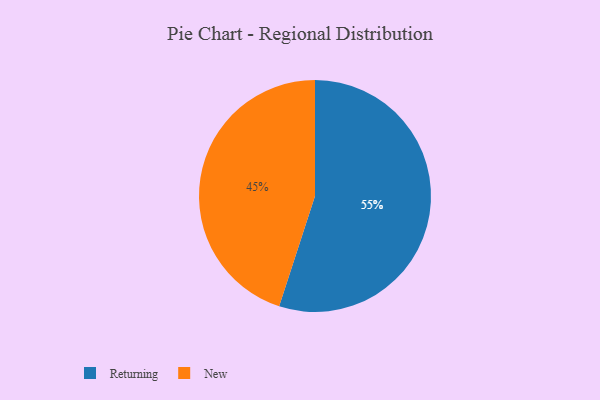
{"axis": {"x": "Category", "y": "Percentage"}, "legend": ["New", "Returning"], "data": [{"x": "New", "y": 45, "type": "New"}, {"x": "Returning", "y": 55, "type": "Returning"}]}